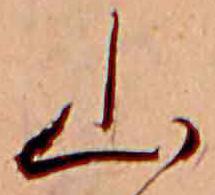
山